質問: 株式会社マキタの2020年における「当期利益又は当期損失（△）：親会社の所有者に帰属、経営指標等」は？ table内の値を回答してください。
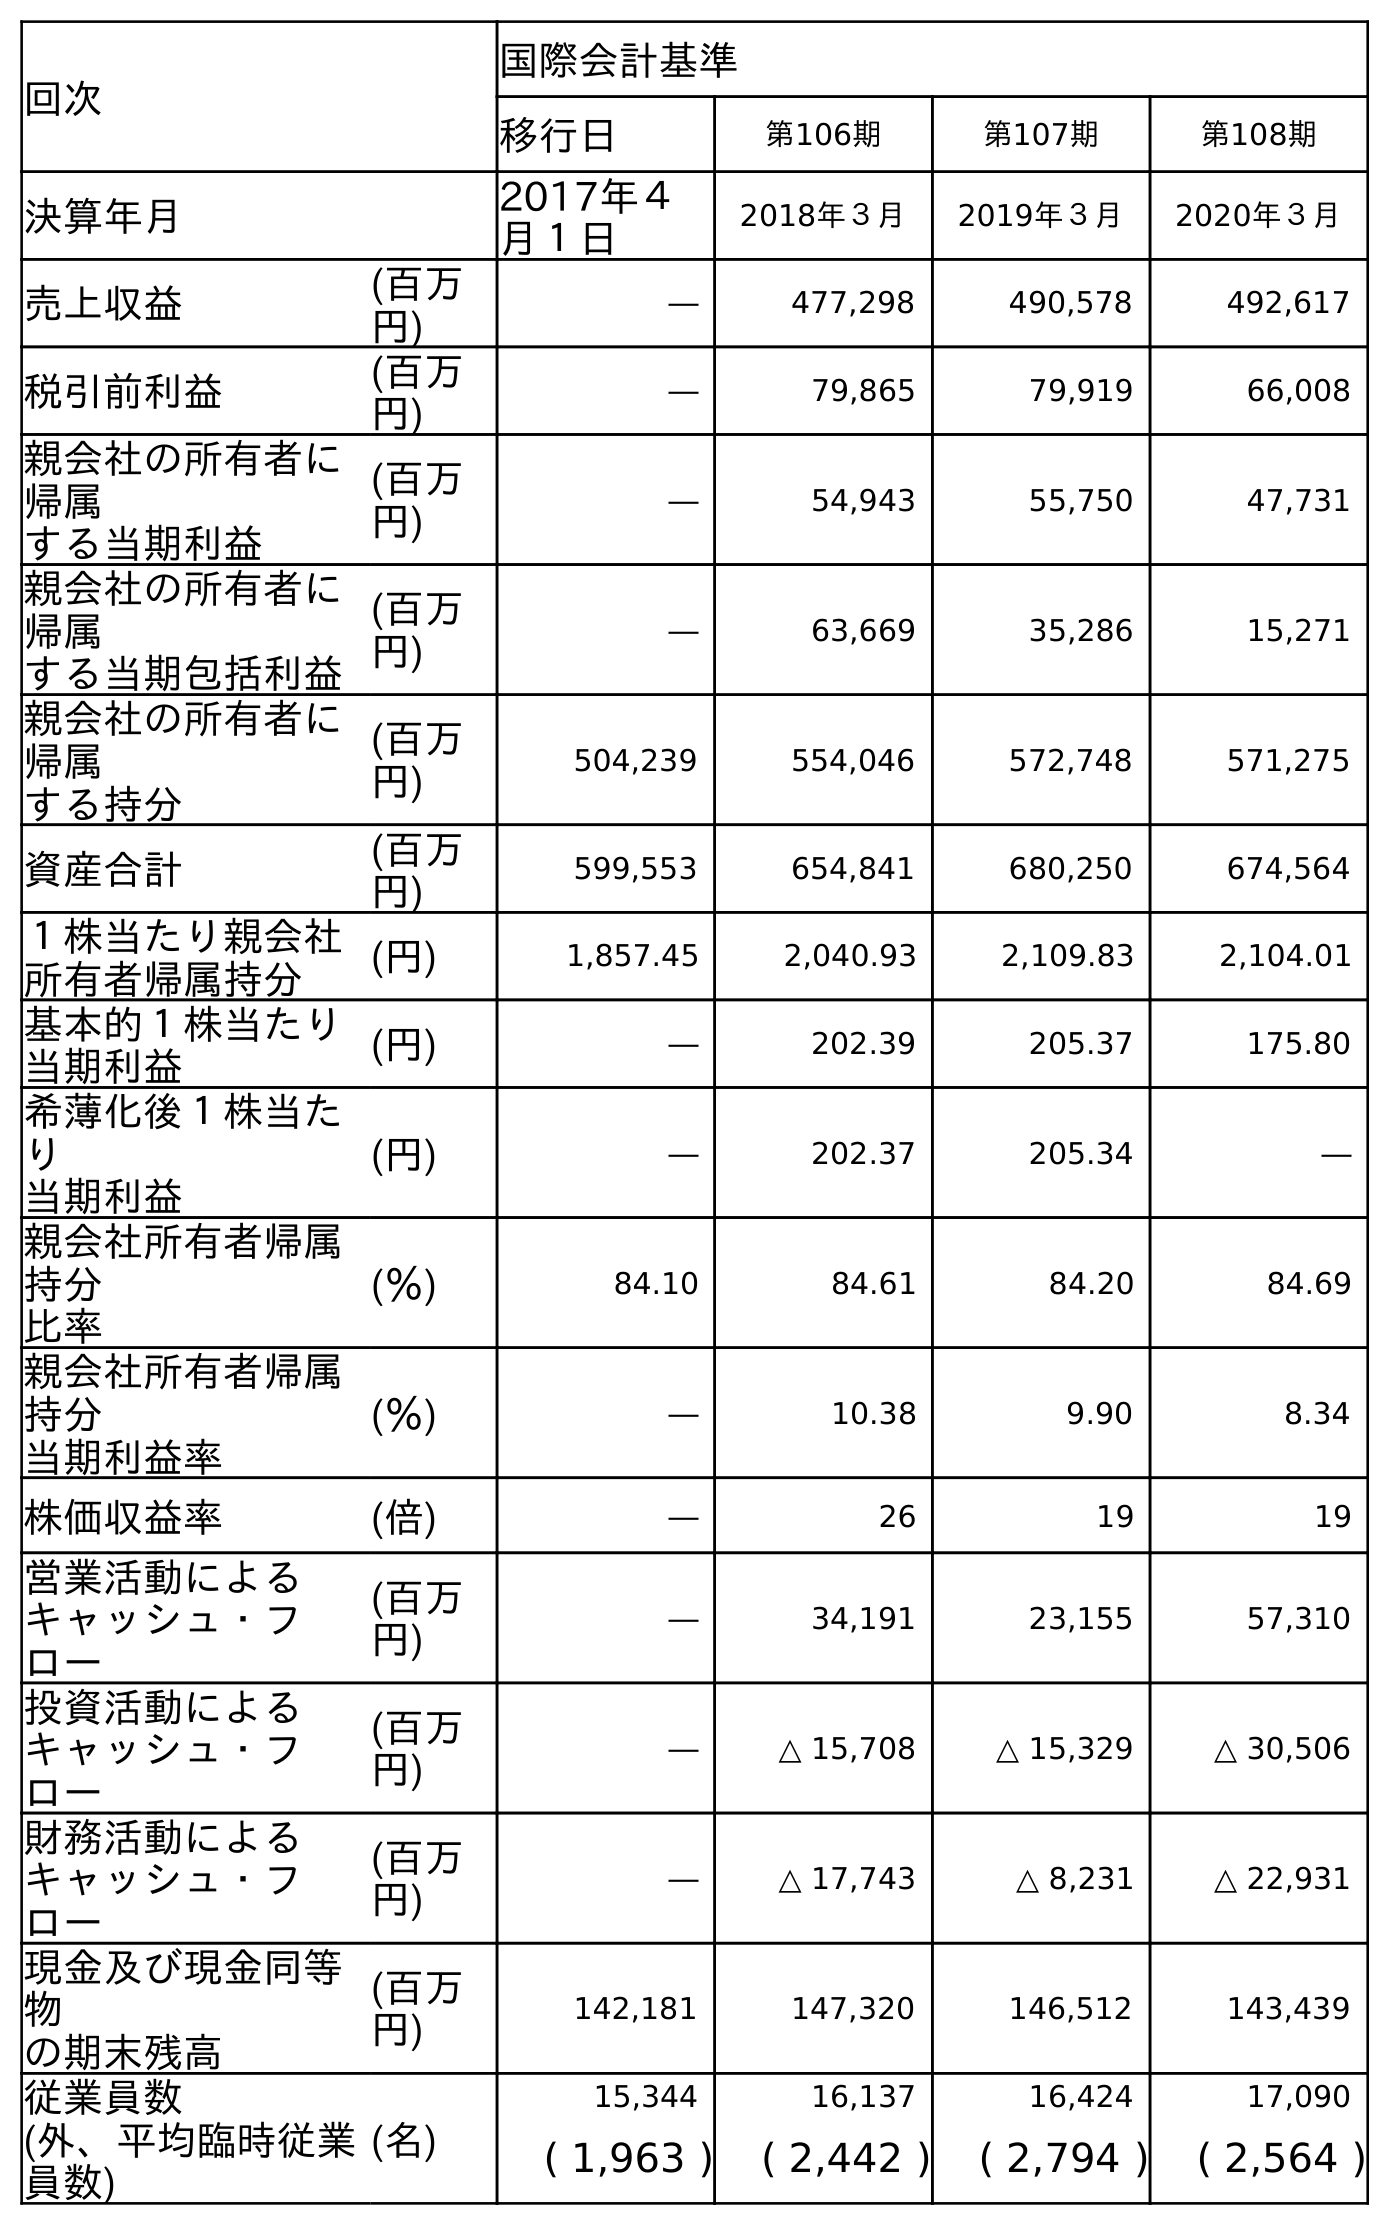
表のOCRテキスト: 回次 国際会計基準 移行日 第106期 第107期 第108期 決算年月 2017年４ 月１日 2018年３月 2019年３月 2020年３月 売上収益 (百万 円) ― 477,298 490,578 492,617 税引前利益 (百万 円) ― 79,865 79,919 66,008 親会社の所有者に 帰属 する当期利益 (百万 円) ― 54,943 55,750 47,731 親会社の所有者に 帰属 する当期包括利益 (百万 円) ― 63,669 35,286 15,271 親会社の所有者に 帰属 する持分 (百万 円) 504,239 554,046 572,748 571,275 資産合計 (百万 円) 599,553 654,841 680,250 674,564 １株当たり親会社 所有者帰属持分 (円) 1,857.45 2,040.93 2,109.83 2,104.01 基本的１株当たり 当期利益 (円) ― 202.39 205.37 175.80 希薄化後１株当た り 当期利益 (円) ― 202.37 205.34 ― 親会社所有者帰属 持分 比率 (％) 84.10 84.61 84.20 84.69 親会社所有者帰属 持分 当期利益率 (％) ― 10.38 9.90 8.34 株価収益率 (倍) ― 26 19 19 営業活動による キャッシュ・フ ロー (百万 円) ― 34,191 23,155 57,310 投資活動による キャッシュ・フ ロー (百万 円) ― △ 15,708 △ 15,329 △ 30,506 財務活動による キャッシュ・フ ロー (百万 円) ― △ 17,743 △ 8,231 △ 22,931 現金及び現金同等 物 の期末残高 (百万 円) 142,181 147,320 146,512 143,439 従業員数 (名) 15,344 16,137 16,424 17,090 (外、平均臨時従業 員数) ( 1,963 ) ( 2,442 ) ( 2,794 ) ( 2,564 )
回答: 47,731